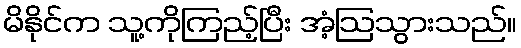
မိနိုင်က သူ့ကိုကြည့်ပြီး အံ့ဩသွားသည်။